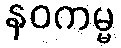
နဝကမ္မ